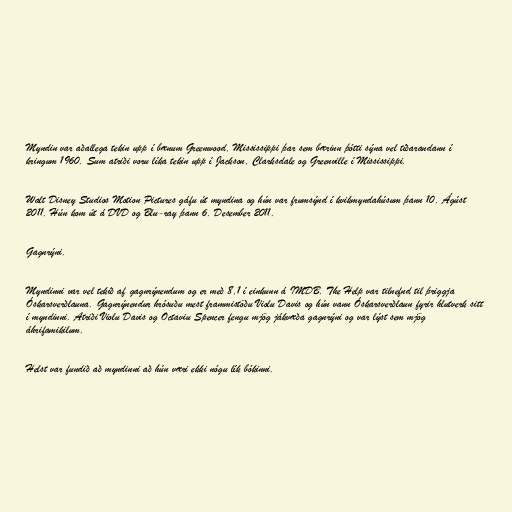
Myndin var aðallega tekin upp í bænum Greenwood, Mississippi þar sem bærinn þótti sýna vel tíðarandann í
kringum 1960. Sum atriði voru líka tekin upp í Jackson, Clarksdale og Greenville í Mississippi.

Walt Disney Studios Motion Pictures gáfu út myndina og hún var frumsýnd í kvikmyndahúsum þann 10. Ágúst
2011. Hún kom út á DVD og Blu-ray þann 6. Desember 2011.

Gagnrýni.

Myndinni var vel tekið af gagnrýnendum og er með 8,1 í einkunn á IMDB. The Help var tilnefnd til þriggja
Óskarsverðlauna. Gagnrýnendur hrósuðu mest frammistöðu Violu Davis og hún vann Óskarsverðlaun fyrir hlutverk sitt
í myndinni. Atriði Violu Davis og Octaviu Spencer fengu mjög jákvæða gagnrýni og var lýst sem mjög
áhrifamikilum.

Helst var fundið að myndinni að hún væri ekki nógu lík bókinni.